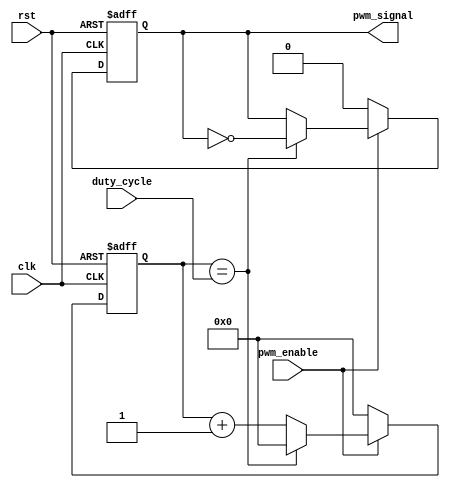
module PWM_Pulse_Generator (
    input wire clk,
    input wire rst,
    input wire pwm_enable,
    input wire [7:0] duty_cycle,
    output wire pwm_signal
);

reg [7:0] counter;
reg pwm_output_reg;

always @ (posedge clk or posedge rst) begin
    if (rst) begin
        counter <= 8'b0;
        pwm_output_reg <= 1'b0;
    end else begin
        if (pwm_enable) begin
            if (counter == duty_cycle) begin
                pwm_output_reg <= ~pwm_output_reg;
                counter <= 8'b0;
            end else begin
                counter <= counter + 1;
            end
        end else begin
            counter <= 8'b0;
            pwm_output_reg <= 1'b0;
        end
    end
end

assign pwm_signal = pwm_output_reg;

endmodule